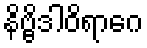
နိဗ္ဗိဒါဝိရာဂေ